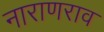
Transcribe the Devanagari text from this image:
नाराणराव